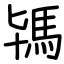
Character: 駂